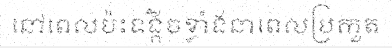
នៅពេលប៉ះទង្គិចខ្លាំងនាពេលប្រកួត